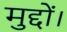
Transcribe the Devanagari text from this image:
मुद्दों।